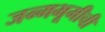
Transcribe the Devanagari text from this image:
जन्मभूमीची